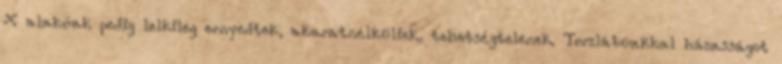
X alakúak pedig lelkileg ernyedtek, akaratnélküliek, tehetségtelenek. Torzlábúakkal házasságot